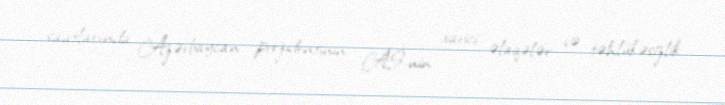
saatlarında Azərbaycan prezidentinin Aİ-nin xarici əlaqələr və təhlükəsizlik